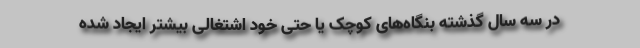
در سه سال گذشته بنگاه‌های کوچک یا حتی خود اشتغالی بیشتر ایجاد شده